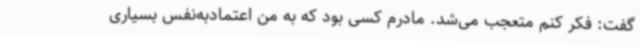
گفت: فکر کنم متعجب می‌شد. مادرم کسی بود که به من اعتمادبه‌نفس بسیاری